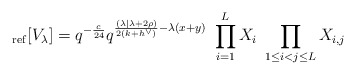
\begin{align*}_{\rm ref}[V_\lambda] = q^{-\frac{c}{24}} q^{\frac{(\lambda| \lambda + 2\rho) }{2(k+h^\vee)} -\lambda(x+y)}\ \prod_{i=1}^L X_i\ \prod_{1\leq i <j \leq L} X_{i,j} \end{align*}